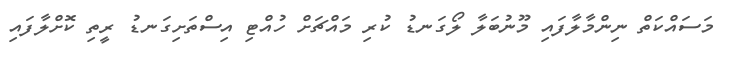
މަސައްކަތް ނިންމާލާފައި މޫނުބަލާ ލޯގަނޑު ކުރި މައްޗަށް ހުއްޓި އިސްތަށިގަނޑު ރީތި ކޮށްލާފައި